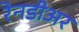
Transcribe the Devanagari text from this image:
रेनडीअर